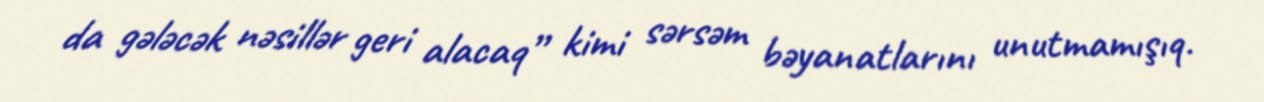
da gələcək nəsillər geri alacaq” kimi sərsəm bəyanatlarını unutmamışıq.